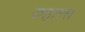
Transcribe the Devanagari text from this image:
रुहाणा